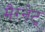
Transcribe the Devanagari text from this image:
मैग्नेट्